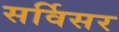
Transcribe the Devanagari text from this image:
सर्विसर